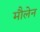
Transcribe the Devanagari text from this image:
मौलेन